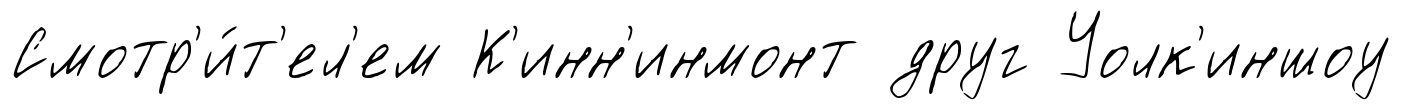
Смотр'и́т'ел'ем К'инн'инмонт друг Уолк'иншоу